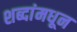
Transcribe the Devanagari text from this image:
शब्दांमधून